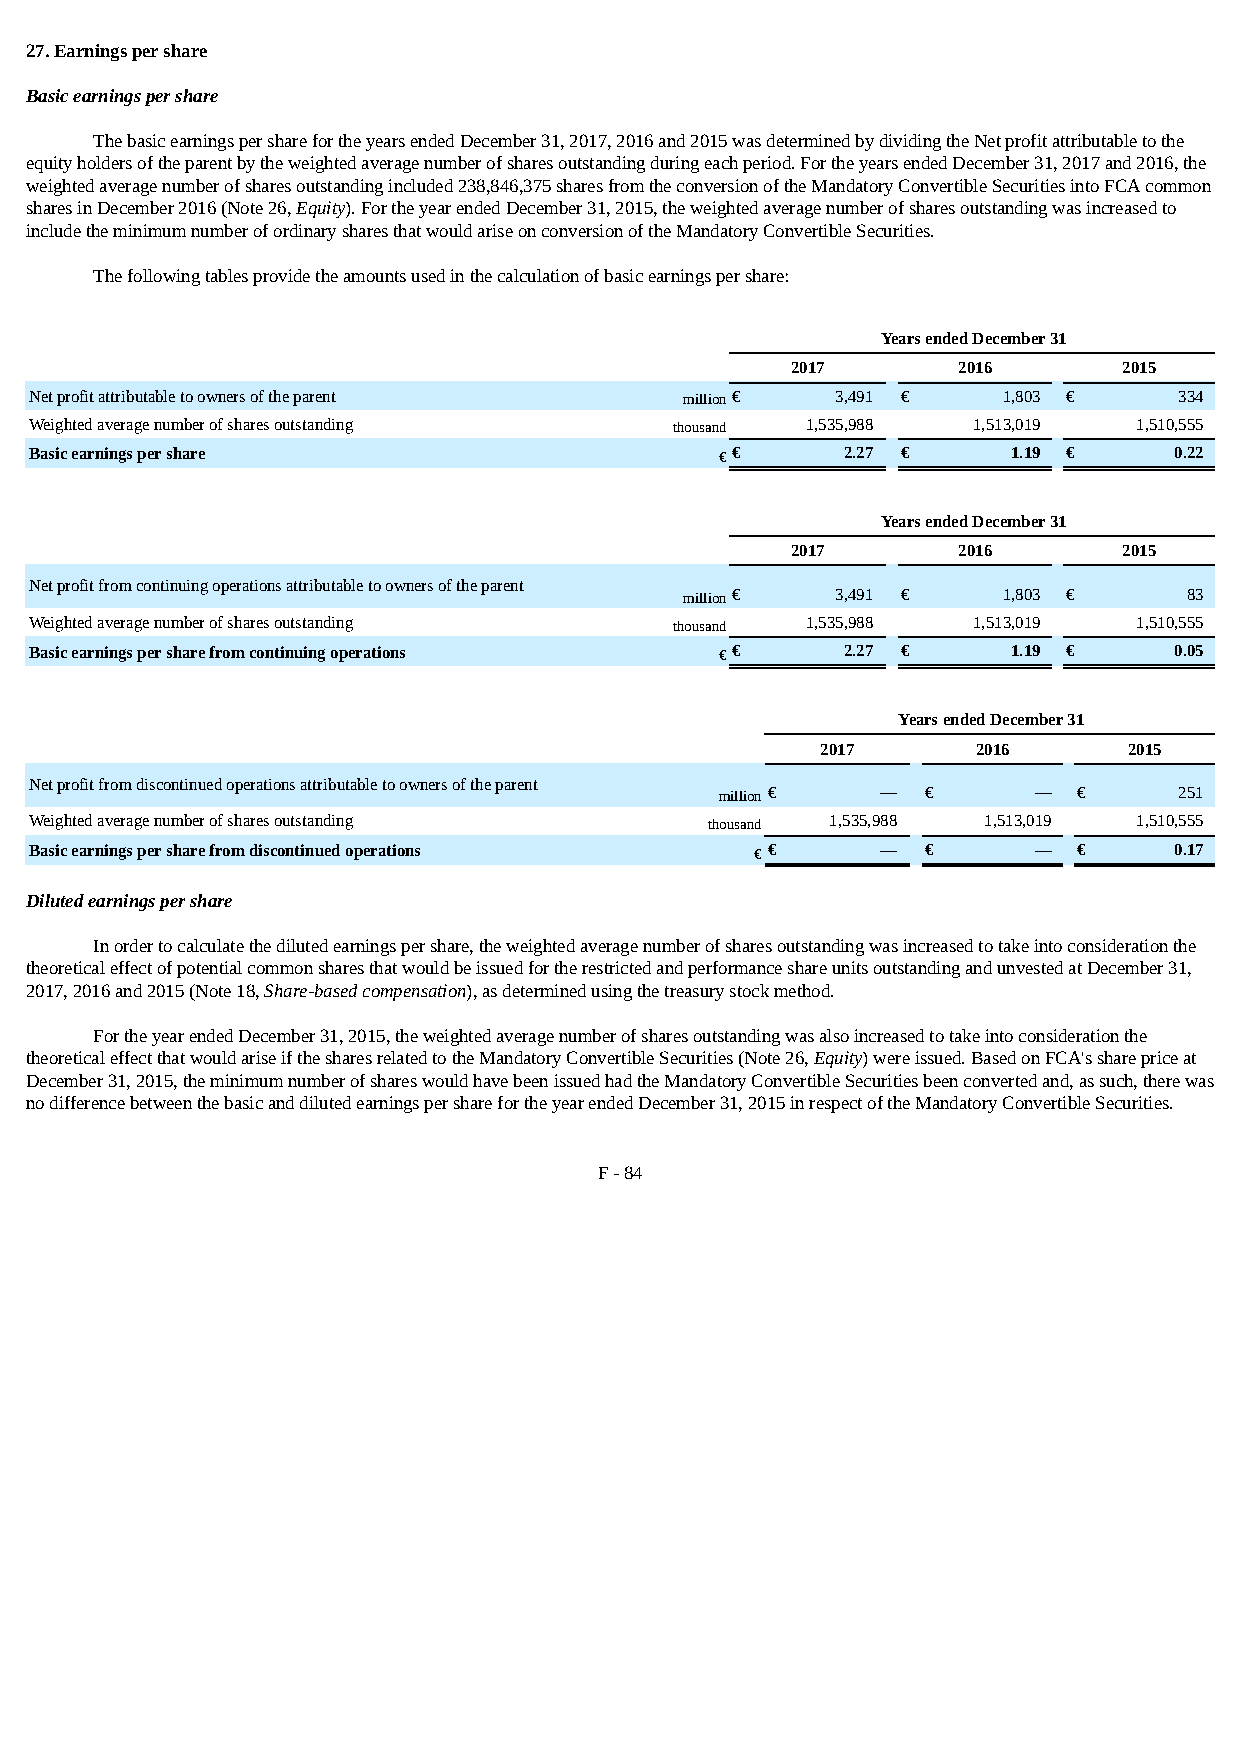
27. Earnings per share
 Basic earnings per share
 The basic earnings per share for the years ended December 31, 2017, 2016 and 2015 was determined by dividing the Net profit attributable to the
 equity holders of the parent by the weighted average number of shares outstanding during each period. For the years ended December 31, 2017 and 2016, the
 weighted average number of shares outstanding included 238,846,375 shares from the conversion of the Mandatory Convertible Securities into FCA common
 shares in December 2016 (Note 26, Equity). For the year ended December 31, 2015, the weighted average number of shares outstanding was increased to
 include the minimum number of ordinary shares that would arise on conversion of the Mandatory Convertible Securities.
 The following tables provide the amounts used in the calculation of basic earnings per share:
 Years ended December 31
 2017       2016       2015
 Net profit attributable to owners of the parent million€ 3,491 € 1,803 €    334
 Weighted average number of shares outstanding thousand 1,535,988 1,513,019 1,510,555
 Basic earnings per share                      €€      2.27 €     1.19 €     0.22
 Years ended December 31
 2017       2016       2015
 Net profit from continuing operations attributable to owners of the parent
 million€  3,491 €    1,803 €      83
 Weighted average number of shares outstanding thousand 1,535,988 1,513,019 1,510,555
 Basic earnings per share from continuing operations €€ 2.27 €    1.19 €     0.05
 Years ended December 31
 2017       2016      2015
 Net profit from discontinued operations attributable to owners of the parent
 million€  —  €      —  €      251
 Weighted average number of shares outstanding thousand 1,535,988 1,513,019 1,510,555
 Basic earnings per share from discontinued operations €€ — €      —  €      0.17
 Diluted earnings per share
 In order to calculate the diluted earnings per share, the weighted average number of shares outstanding was increased to take into consideration the
 theoretical effect of potential common shares that would be issued for the restricted and performance share units outstanding and unvested at December 31,
 2017, 2016 and 2015 (Note 18, Share-based compensation), as determined using the treasury stock method.
 For the year ended December 31, 2015, the weighted average number of shares outstanding was also increased to take into consideration the
 theoretical effect that would arise if the shares related to the Mandatory Convertible Securities (Note 26, Equity) were issued. Based on FCA's share price at
 December 31, 2015, the minimum number of shares would have been issued had the Mandatory Convertible Securities been converted and, as such, there was
 no difference between the basic and diluted earnings per share for the year ended December 31, 2015 in respect of the Mandatory Convertible Securities.
 F - 84